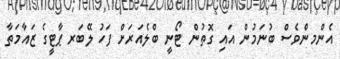
އެންމންެވެސް ބުނަމުން އައި ގޮތުން ޓޯނީ ބްލެއަރަށް ފަހު ލޭބަރ ޕާޓީގެ ޒައާމަތާ